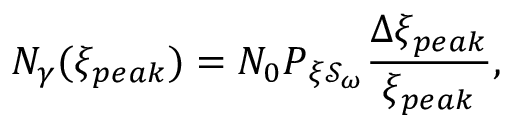
N _ { \gamma } ( \xi _ { p e a k } ) = N _ { 0 } P _ { \xi \mathcal { S } _ { \omega } } \frac { \Delta \xi _ { p e a k } } { \xi _ { p e a k } } ,